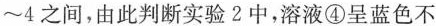
～4之间，由此判断实验2中，溶液④呈蓝色不